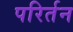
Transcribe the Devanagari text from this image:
परिर्तन